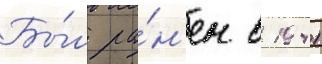
Бы́л ра́н'ен в 1941